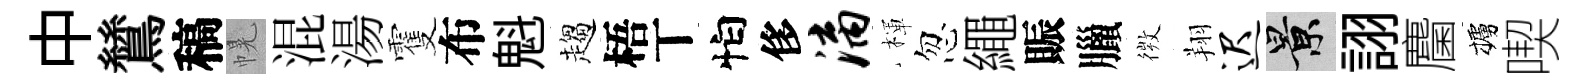
中鷥稿幌混湯䨥布魁趨梧丅怕侈漓楎忽繩賑臘𢕄翔迟景詡麕櫨喫